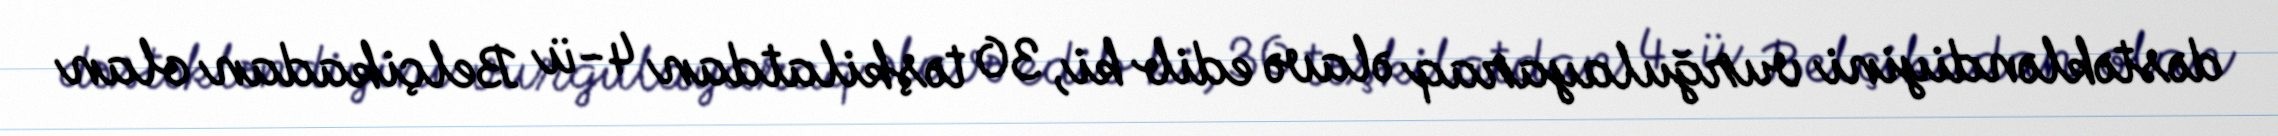
dəstəkləndiyini vurğulayaraq əlavə edib ki, 30 təşkilatdan 4-ü Belçikadan olan